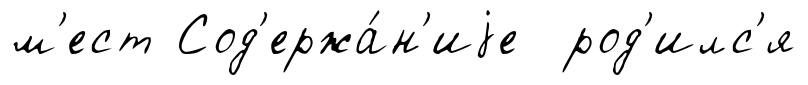
м'ест Сод'ержа́н'иjе род'илс'я